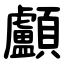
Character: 顱